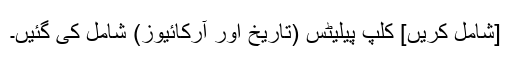
[شامل کریں] کلپ پیلیٹس (تاریخ اور آرکائیوز) شامل کی گئیں۔